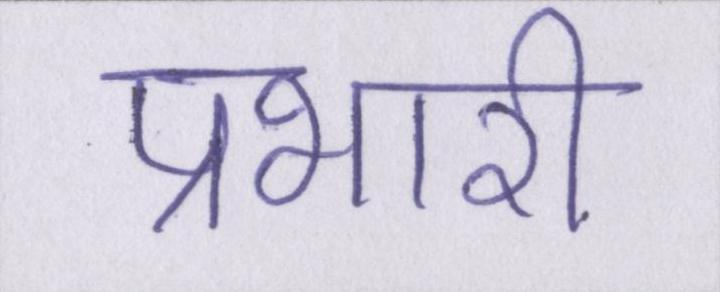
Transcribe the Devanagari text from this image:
प्रभारी